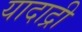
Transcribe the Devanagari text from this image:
यादाद्री